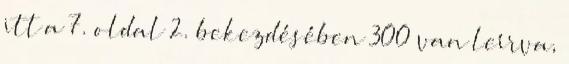
itt a 7. oldal 2. bekezdésében 300 van leírva,